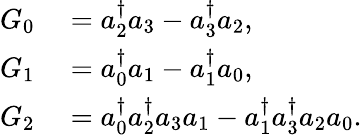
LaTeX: \begin{array}{rl}{G_{0}}&{{}=a_{2}^{\dagger}a_{3}-a_{3}^{\dagger}a_{2},}\\ {G_{1}}&{{}=a_{0}^{\dagger}a_{1}-a_{1}^{\dagger}a_{0},}\\ {G_{2}}&{{}=a_{0}^{\dagger}a_{2}^{\dagger}a_{3}a_{1}-a_{1}^{\dagger}a_{3}^{\dagger}a_{2}a_{0}.}\end{array}